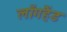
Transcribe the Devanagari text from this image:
लाँगहैंड